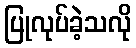
ပြုလုပ်ခဲ့သလို